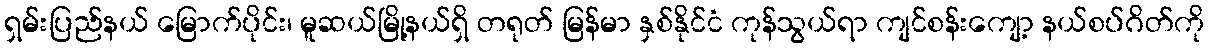
ရှမ်းပြည်နယ် မြောက်ပိုင်း၊ မူဆယ်မြို့နယ်ရှိ တရုတ် မြန်မာ နှစ်နိုင်ငံ ကုန်သွယ်ရာ ကျင်စန်းကျော့ နယ်စပ်ဂိတ်ကို